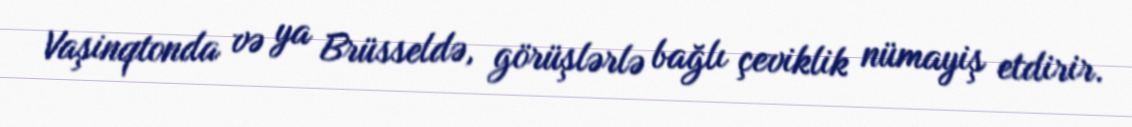
Vaşinqtonda və ya Brüsseldə, görüşlərlə bağlı çeviklik nümayiş etdirir.